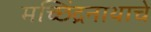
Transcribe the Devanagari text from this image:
मच्छिंद्रनाथाचे